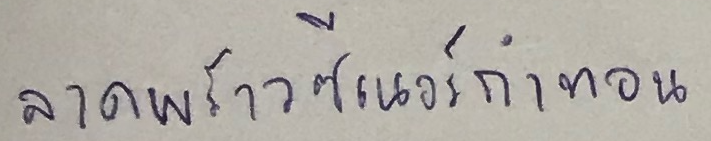
ลาดพร้าวซีเนอร์กำทอน